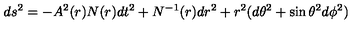
d s ^ { 2 } = - A ^ { 2 } ( r ) N ( r ) d t ^ { 2 } + N ^ { - 1 } ( r ) d r ^ { 2 } + r ^ { 2 } ( d \theta ^ { 2 } + \sin \theta ^ { 2 } d \phi ^ { 2 } )